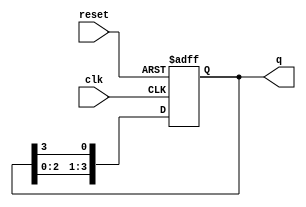
module ring_counter (
    input wire clk,         // Clock input
    input wire reset,       // Asynchronous reset
    output reg [3:0] q      // 4-bit output
);

// Initial state
initial begin
    q = 4'b0001; // Start with the first flip-flop set to '1'
end

// Sequential logic for the ring counter
always @(posedge clk or posedge reset) begin
    if (reset) begin
        q <= 4'b0001; // Reset to initial state
    end else begin
        // Shift the '1' to the next flip-flop
        q <= {q[2:0], q[3]}; // Circular shift
    end
end

endmodule